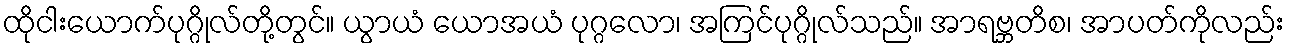
ထိုငါးယောက်ပုဂ္ဂိုလ်တို့တွင်။ ယွာယံ ယောအယံ ပုဂ္ဂလော၊ အကြင်ပုဂ္ဂိုလ်သည်။ အာရဗ္ဘတိစ၊ အာပတ်ကိုလည်း